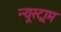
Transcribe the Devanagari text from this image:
न्यूस्ट्राम